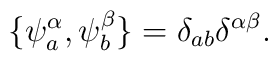
{ \{ \psi_a^\alpha,\psi_b^\beta\}=\delta_{ab}\delta^{\alpha\beta}.}